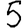
Digit: 5